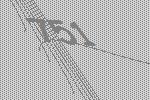
751